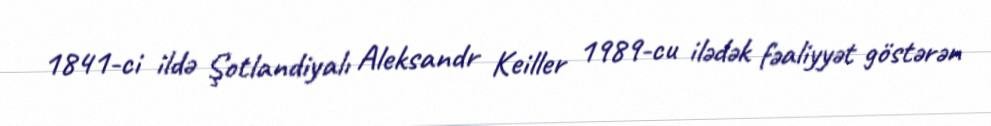
1841-ci ildə Şotlandiyalı Aleksandr Keiller 1989-cu ilədək fəaliyyət göstərən